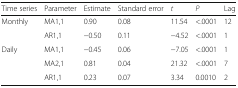
| Time series | Parameter | Estimate | Standard error | t | P | Lag |
 | --- | --- | --- | --- | --- | --- | --- |
 | <ROWSPAN=2> Monthly | MA1,1 | 0.90 | 0.08 | 11.54 | <.0001 | 12 |
 | AR1,1 | −0.50 | 0.11 | −4.52 | <.0001 | 1 |
 | <ROWSPAN=3> Daily | MA1,1 | −0.45 | 0.06 | −7.05 | <.0001 | 1 |
 | MA2,1 | 0.81 | 0.04 | 21.32 | <.0001 | 7 |
 | AR1,1 | 0.23 | 0.07 | 3.34 | 0.0010 | 2 |